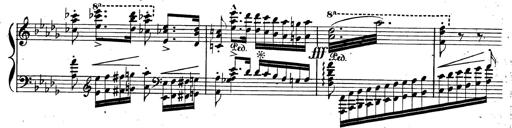
Title: BÃ©nÃ©diction et serment
Composer: Franz Liszt